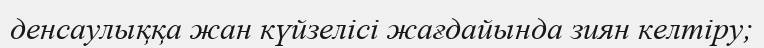
денсаулыққа жан күйзелісі жағдайында зиян келтіру;